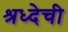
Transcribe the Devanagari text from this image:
श्रध्देची